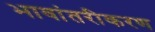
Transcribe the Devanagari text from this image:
भावांतरीकरण